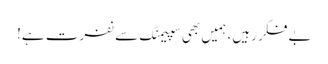
بے فکر رہیں، ہمیں بھی سپیمنگ سے نفرت ہے!